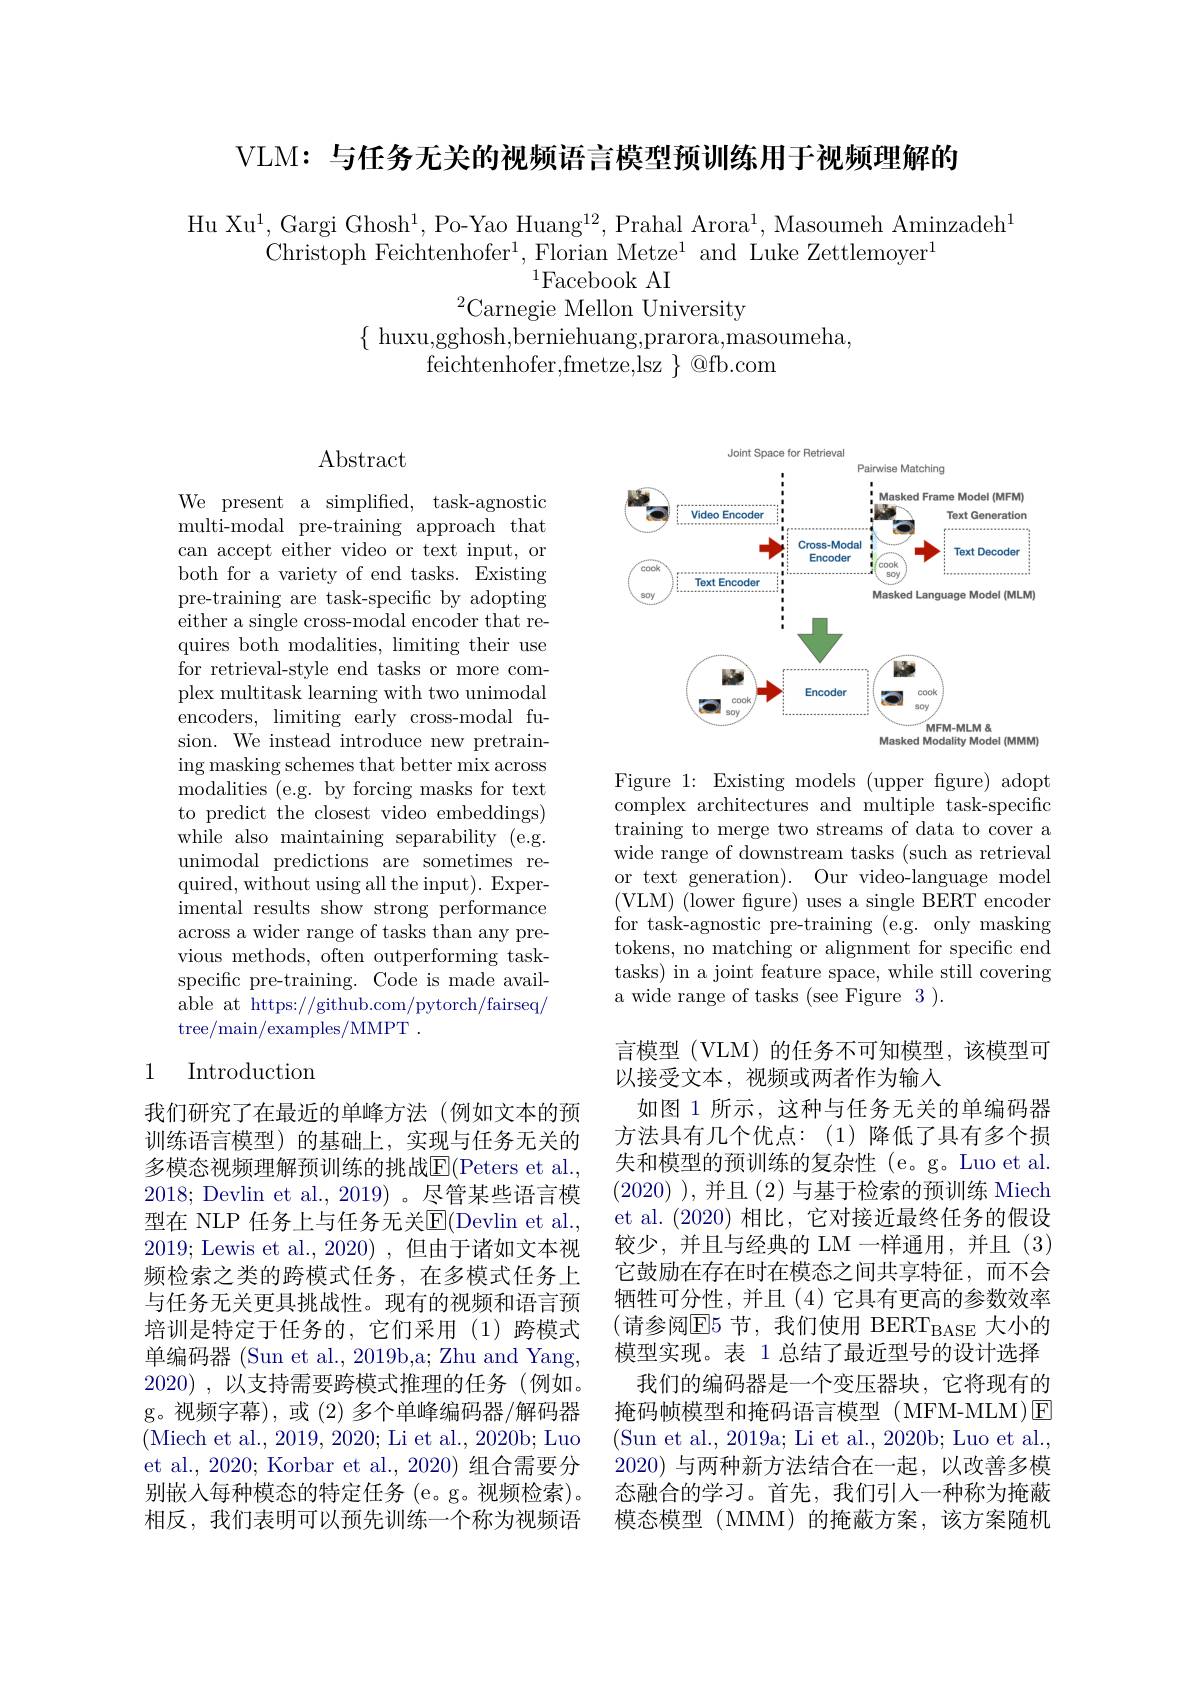
VLM: 与任务无关的视频语言模型预训练用于视频理解的

Hu Xu$^1$,Gargi Ghosh$^1$,Po-Yao Huang$^12$,Prahal Arora$^1$,Masoumeh Aminzadeh$^1$
Christoph Feichtenhofer$^1$, Florian Metze$^1$ and Luke Zettlemoyer$^1$
$^{1}$Facebook AI
$^{2}$Carnegie Mellon University
$\{\begin{array}{c}{\mathrm{huxu,gghosh,berniehuang,prarora,masoumeha,}}\\\end{array}$
feichtenhofer,fmetze,lsz $\}$ @fb.com

$\operatorname{Abstract}$

We present a simplified, task-agnostic ${\mathrm{multi-modal~pre-training~approach~that}}$ can accept either video or text input, or both for a variety of end tasks. Existing pre-training are task-specific by adopting either a single cross-modal encoder that requires both modalities, limiting their use for retrieval-style end tasks or more complex multitask learning with two unimodal encoders, limiting early cross-modal fusion. We instead introduce new pretraining masking schemes that better mix across modalities (e.g. by forcing masks for text to predict the closest video embeddings) while also maintaining separability (e.g. unimodal predictions are sometimes required, without using all the input). Experimental results show strong performance across a wider range of tasks than any previous methods, often outperforming taskspecific pre-training. Code is made available at https://github.com/pytorch/fairseq/ tree/main/examples/MMPT .

## 1 Introduction

我们研究了在最近的单峰方法(例如文本的预训练语言模型)的基础上，实现与任务无关的多模态视频理解预训练的挑战$\overline{\mathrm{E}}($Peters et al., 2018; Devlin et al., 2019)。尽管某些语言模型在 NLP 任务上与任务无关$\mathbb{E}($Devlin et al., 2019; Lewis et al., 2020),但由于诸如文本视频检索之类的跨模式任务，在多模式任务上与任务无关更具挑战性。现有的视频和语言预培训是特定于任务的，它们采用(1)跨模式单编码器 (Sun et al., 2019b,a; Zhu and Yang, 2020) , 以支持需要跨模式推理的任务(例如。g。视频字幕),或(2)多个单峰编码器/解码器(Miech et al., 2019, 2020; Li et al., 2020b; Luo et al., 2020; Korbar et al., 2020) 组合需要分别嵌入每种模态的特定任务 (e。g。视频检索)。相反，我们表明可以预先训练一个称为视频语

<FigureHere>

Figure 1: Existing models (upper fgure) adopt complex architectures and multiple task-specific training to merge two streams of data to cover a wide range of downstream tasks (such as retrieval or text generation). Our video-language model (VLM) (lower figure) uses a single BERT encoder for task-agnostic pre-training (e.g. only masking tokens, no matching or alignment for specific end tasks) in a joint feature space, while still covering a wide range of tasks (see Figure 3 ).

言模型 (VLM) 的任务不可知模型，该模型可
以接受文本，视频或两者作为输入
如图 1 所示，这种与任务无关的单编码器方法具有几个优点：(1)降低了具有多个损失和模型的预训练的复杂性(e。g。Luo et al. (2020) ),并且(2)与基于检索的预训练 Miech et al. (2020)相比，它对接近最终任务的假设较少，并且与经典的 LM 一样通用，并且 (3) 它鼓励在存在时在模态之间共享特征，而不会牺牲可分性，并且(4)它具有更高的参数效率(请参阅$\mathbb{E}5$ 节，我们使用 BERT$_\mathrm{BASE}$ 大小的模型实现。表 1 总结了最近型号的设计选择
我们的编码器是一个变压器块，它将现有的掩码帧模型和掩码语言模型(MFM-MLM)E (Sun et al., 2019a; Li et al., 2020b; Luo et al., 2020)与两种新方法结合在一起，以改善多模态融合的学习。首先，我们引入一种称为掩蔽模态模型 (MMM)的掩蔽方案，该方案随机